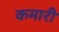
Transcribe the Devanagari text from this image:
कमारी